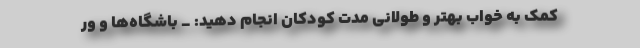
کمک به خواب بهتر و طولانی مدت کودکان انجام دهید: _ باشگاه‌ها و ور